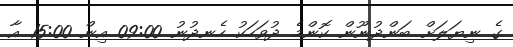
ގެ ނިޔަލަށް ބަންދުނޫން ކޮންމެ ދުވަހަކު ހެނދުނު 09:00 އިން 15:00 އާ